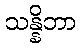
သန္နိဘာ